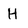
Character: H